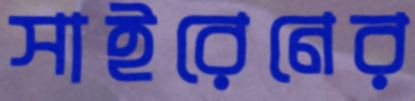
সাইরেনের